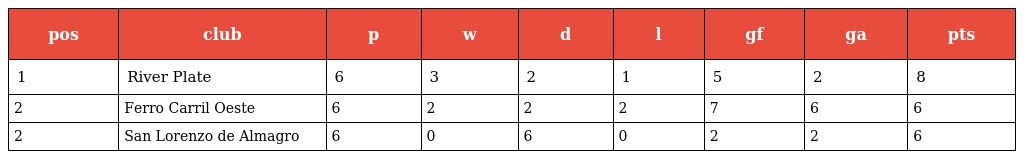
| pos | club | p | w | d | l | gf | ga | pts |
 | --- | --- | --- | --- | --- | --- | --- | --- | --- |
 | 1 | River Plate | 6 | 3 | 2 | 1 | 5 | 2 | 8 |
 | 2 | Ferro Carril Oeste | 6 | 2 | 2 | 2 | 7 | 6 | 6 |
 | 2 | San Lorenzo de Almagro | 6 | 0 | 6 | 0 | 2 | 2 | 6 |